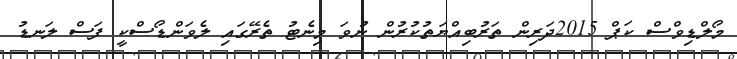
މޯލްޑިވްސް ކަޕް 2015ދަރިން ތަރުބިއްޔަތުކުރުން ނުވަ މިނެޓު ތެރޭގައި ލެވަންޑޯސްކީ ފަސް ލަނޑު